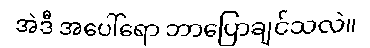
အဲဒီ အပေါ်ရော ဘာပြောချင်သလဲ။